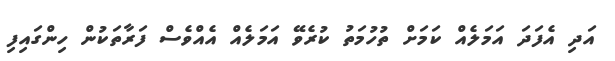
އަދި އެފަދަ އަމަލެއް ކަމަށް ތުހުމަތު ކުރެވޭ އަމަލެއް އެއްވެސް ފަރާތަކުން ހިންގައިފި